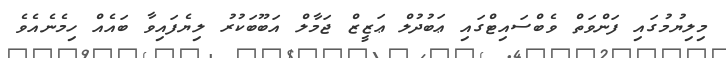
މިލިޔުމުގައި ފަންވަތް ވެބްސައިޓްގައި ޢަބުދުލް ޢަޒީޒް ޖަމާލް އަބޫބަކުރު ލިޔެފައިވާ ބައެއް ހިމެނެއެވެ